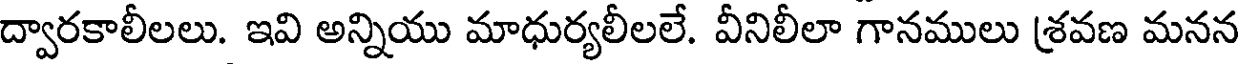
ద్వారకాలీలలు. ఇవి అన్నియు మాధుర్యలీలలే. వీనిలీలా గానములు శ్రవణ మనన